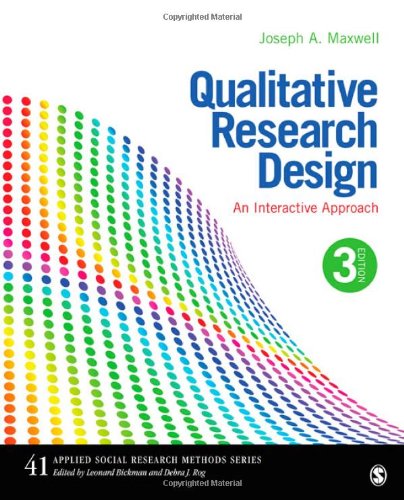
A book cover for Qualitative Research Design: An Interactive Approach (Applied Social Research Methods); Joseph A. Maxwell; Science & Math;